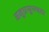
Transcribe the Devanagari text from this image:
अनुप्रयुज्यता